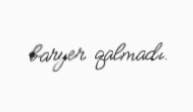
baryer qalmadı.